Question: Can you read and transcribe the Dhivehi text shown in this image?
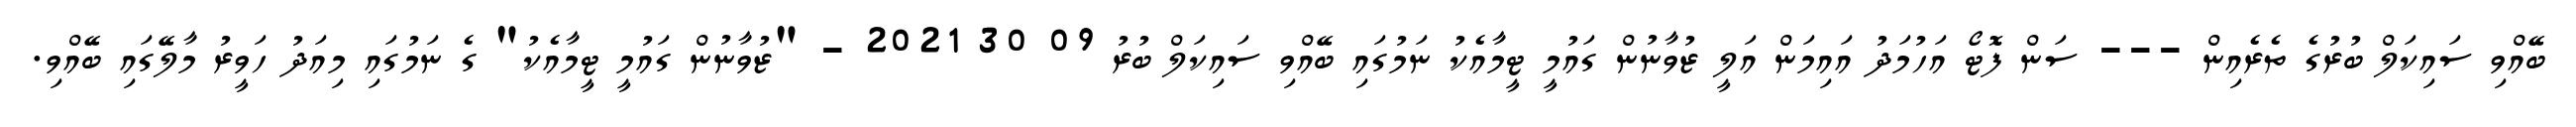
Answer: ބޭއްވި ސައިކަލް ބުރުގެ ތެރެއިން --- ސަން ފޮޓޯ އަހުމަދު އައިމަން އަލީ ޒުވާނުން ގައުމީ ޓީމާއެކު ނަމުގައި ބޭއްވި ސައިކަލް ބުރު 09 30 2021 - "ޒުވާނުން ގައުމީ ޓީމާއެކު" ގެ ނަމުގައި މިއަދު ހަވީރު މާލޭގައި ބޭއްވި.